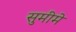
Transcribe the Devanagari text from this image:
सुमीमे